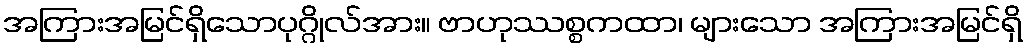
အကြားအမြင်ရှိသောပုဂ္ဂိုလ်အား။ ဗာဟုဿစ္စကထာ၊ များသော အကြားအမြင်ရှိ